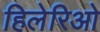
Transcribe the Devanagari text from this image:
हिलेरिओ